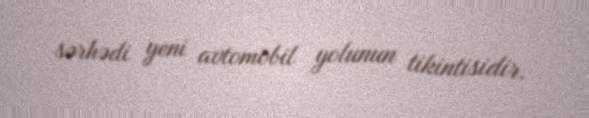
sərhədi yeni avtomobil yolunun tikintisidir.